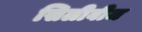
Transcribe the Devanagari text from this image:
सिलीबीज